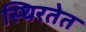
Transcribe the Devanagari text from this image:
स्थिरतेत